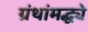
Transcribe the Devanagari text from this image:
ग्रंथांमद्ध्ये